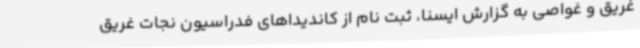
غریق و غواصی به گزارش ایسنا، ثبت نام از کاندیداهای فدراسیون نجات غریق